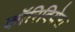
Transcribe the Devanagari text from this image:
कॉरिदियेरा